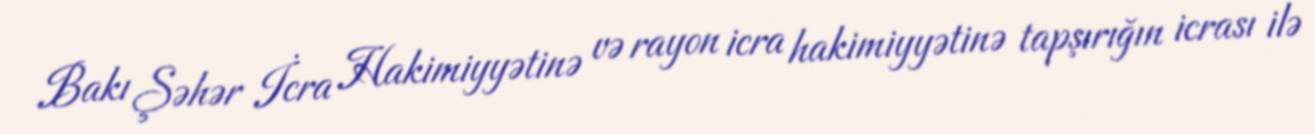
Bakı Şəhər İcra Hakimiyyətinə və rayon icra hakimiyyətinə tapşırığın icrası ilə